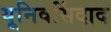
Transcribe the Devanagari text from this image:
यूनिवर्सिदाद